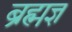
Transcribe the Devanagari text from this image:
ब्रह्मज्ञ